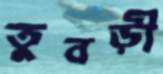
তুবড়ী